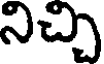
నిచ్చి